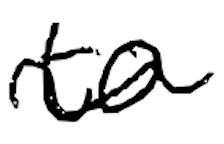
Text: to
Cross-out: mix
Writing tool: digital_black